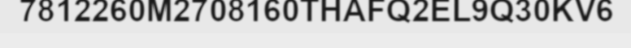
7812260M2708160THAFQ2EL9Q30KV6